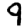
Digit: 9